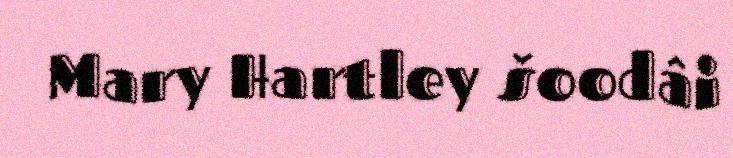
Mary Hartley šoodâi